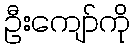
ဦးကျော်ကို